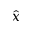
\hat { x }